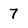
Character: 7